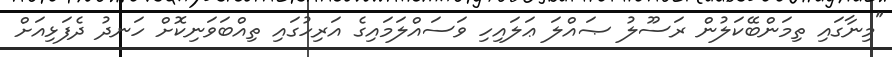
"މިނާގައި ތިމަންބޭކަލުން ރަސޫލު ޞައްލަ ޢަލައިހި ވަސައްލަމައިގެ އަރިހުގައި ތިއްބަވަނިކޮށް ހަނދު ދެފަޅިއަށް